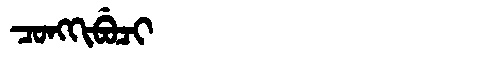
Manchu: ᠴᠣᠩᡴᡳᠪᡠᠴᡳ
Romanization: CONGKIBUCI